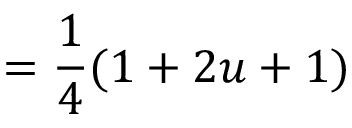
= { \frac { 1 } { 4 } } ( 1 + 2 u + 1 )